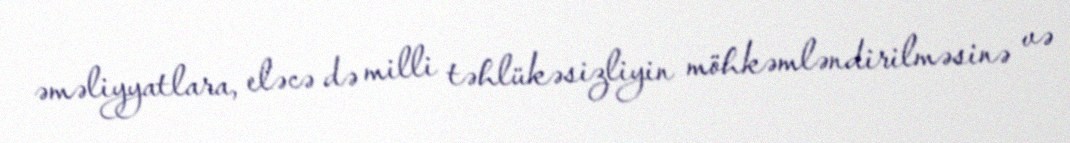
əməliyyatlara, eləcə də milli təhlükəsizliyin möhkəmləndirilməsinə və